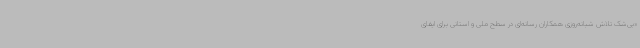
«بی‌شک تلاش شبانه‌روزی همکاران رسانه‌ای در سطح ملی و استانی برای ایفای